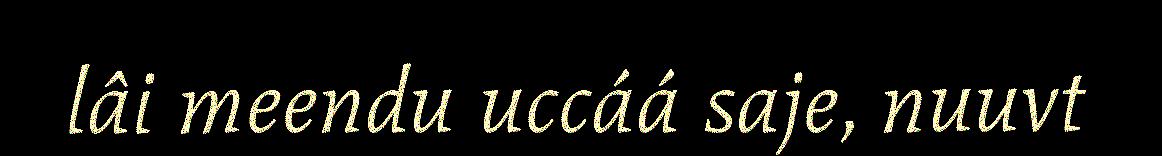
lâi meendu uccáá saje, nuuvt